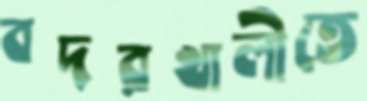
বদরখালীতে